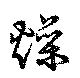
燥